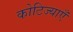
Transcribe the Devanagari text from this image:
कोटिज्याएँ